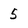
Character: 5